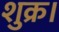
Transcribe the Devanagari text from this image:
शुक्र।